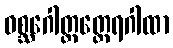
ဝစ္ဆဂေါတ္တတ္ထေရဂါထာ